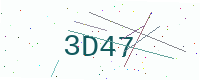
Text: 3D47